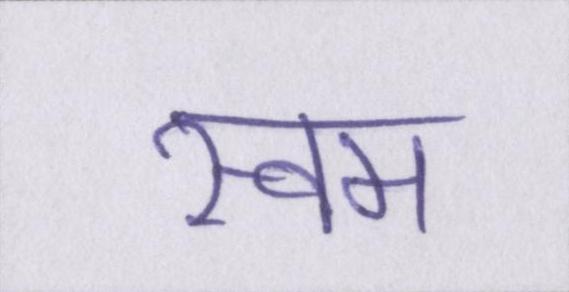
स्वम